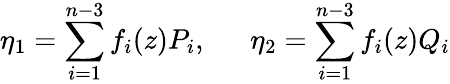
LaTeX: \eta_{1}=\sum_{i=1}^{n-3}f_{i}(z)P_{i},~~~~~~\eta_{2}=\sum_{i=1}^{n-3}f_{i}(z)Q_{i}